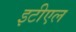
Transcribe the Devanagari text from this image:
इटीएल